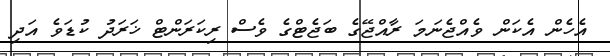
އެހެން އެކަން ވެއްޖެނަމަ ރާއްޖޭގެ ބަޖެޓްގެ ވެސް ރިކަރަންޓް ޚަރަދު ކުޑަވެ އަދި